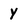
Character: y